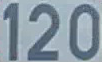
120